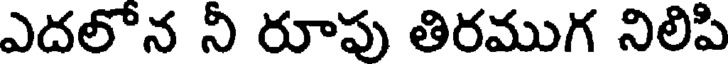
ఎదలోన ని రూపు తిరముగ నిలిపి